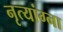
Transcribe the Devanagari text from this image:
नृत्यांग्ना